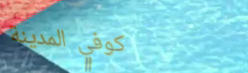
كوفي المدينة